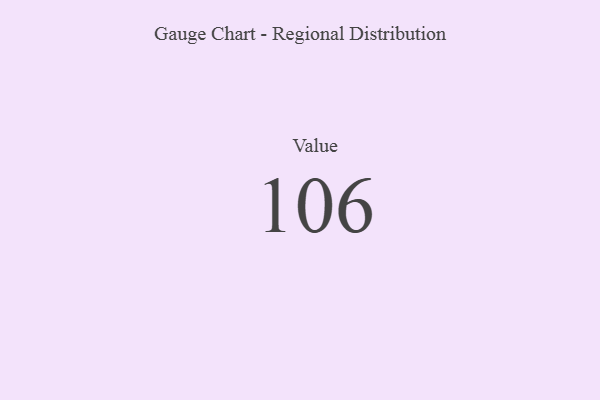
{"axis": {"x": "Metric", "y": "Value"}, "legend": [""], "data": [{"x": "Value", "y": 106, "type": ""}]}